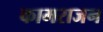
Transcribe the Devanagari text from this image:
कामराजन